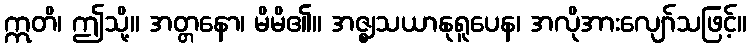
ဣတိ၊ ဤသို့။ အတ္တနော၊ မိမိ၏။ အဇ္ဈသယာနုရူပေန၊ အလိုအားလျော်သဖြင့်။